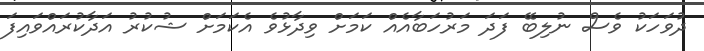
ދުވަހަކު ވެސް ނުލިބޭ ފަދަ މަރުހަބާއެއް ކަމަށް ވިދާޅުވެ އެކަމަށް ޝުކުރު އަދާކުރައްވައިފަ